Scottish assistants in French schools and colleges, 1926
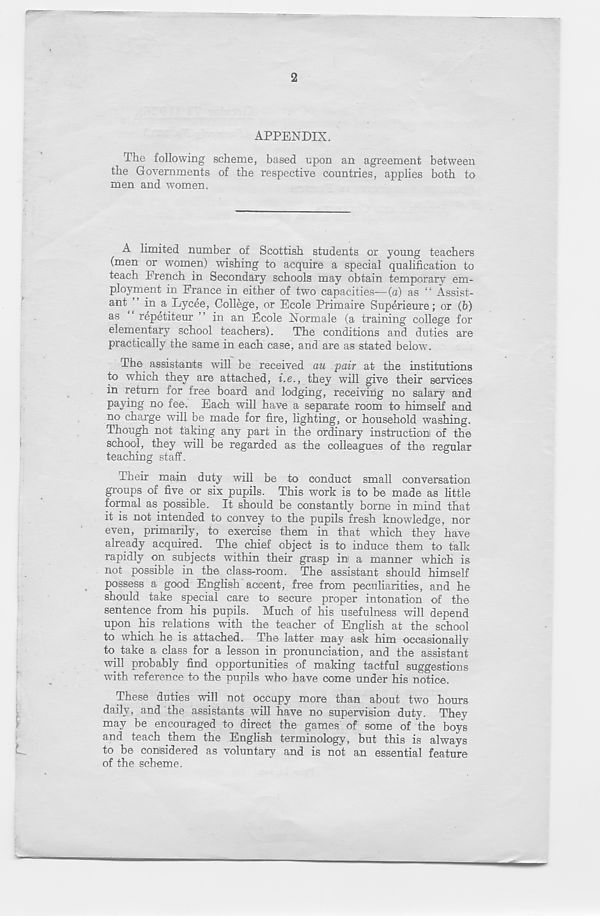
2
APPENDIX.
The following scheme, based upon an agreement between
the Governments of the respective countries, applies both to
men and women.
A limited number of Scottish students or young teachers
(men or women) wishing to acquire a special qualification to
teach French in Secondary schools may obtain temporary em-
ployment in France in either of two capacities—(a) as “ Assist-
ant ^ in a Lycee, College, or Ecole Primaire Superieure; or (b)
as repetiteur ” in an Ecole Normale (a training college for
elementary school teachers). The conditions and duties are
practically the same in each case, and are as stated below.
The assistants will be received au pair at the institutions
to which they are attached, i.e., they will give their services
in return for free board and lodging, receiving no salary and
paying no fee. Each will have a separate room to himself and
no charge will be made for fire, lighting, or household washing.
Though not taking any part in the ordinary instruction! of the
school, they will be regarded as the colleagues of the regular
teaching staff.
Their main duty will be to conduct small conversation
groups of five or six pupils. This work is to be made as little
formal as possible. It should be constantly borne in mind that
it is not intended to convey to the pupils fresh knowledge, nor
even, primarily, to exercise them in that which they have
already acquired. The chief object is to induce them to talk
rapidly on subjects within their grasp in a manner which is
not possible in the class-room. The assistant should himself
possess a good English accent, free from peculiarities, and he
should take special care to secure proper intonation of the
sentence from his pupils. Much of his usefulness will depend
upon his relations with the teacher of English at the school
to which he is attached. The latter may ask him occasionally
to take a class for a lesson in pronunciation, and the assistant
will probably find opportunities of making tactful suggestions
with reference to the pupils who have come under his notice.
These duties will not occupy more than about two hours
daily, and the assistants will have no supervision duty. They
may be encouraged to direct the games of some of the boys
and teach them the English terminology, but this is always
to be considered as voluntary and is not an essential feature
of the scheme.